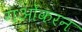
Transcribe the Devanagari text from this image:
गओकरन